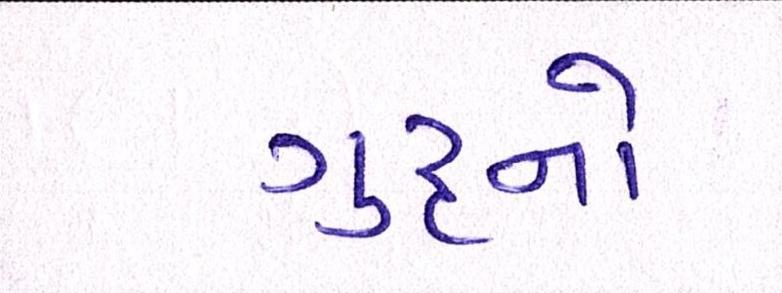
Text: ગુરૃનો